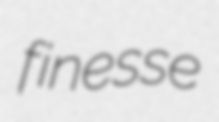
finesse